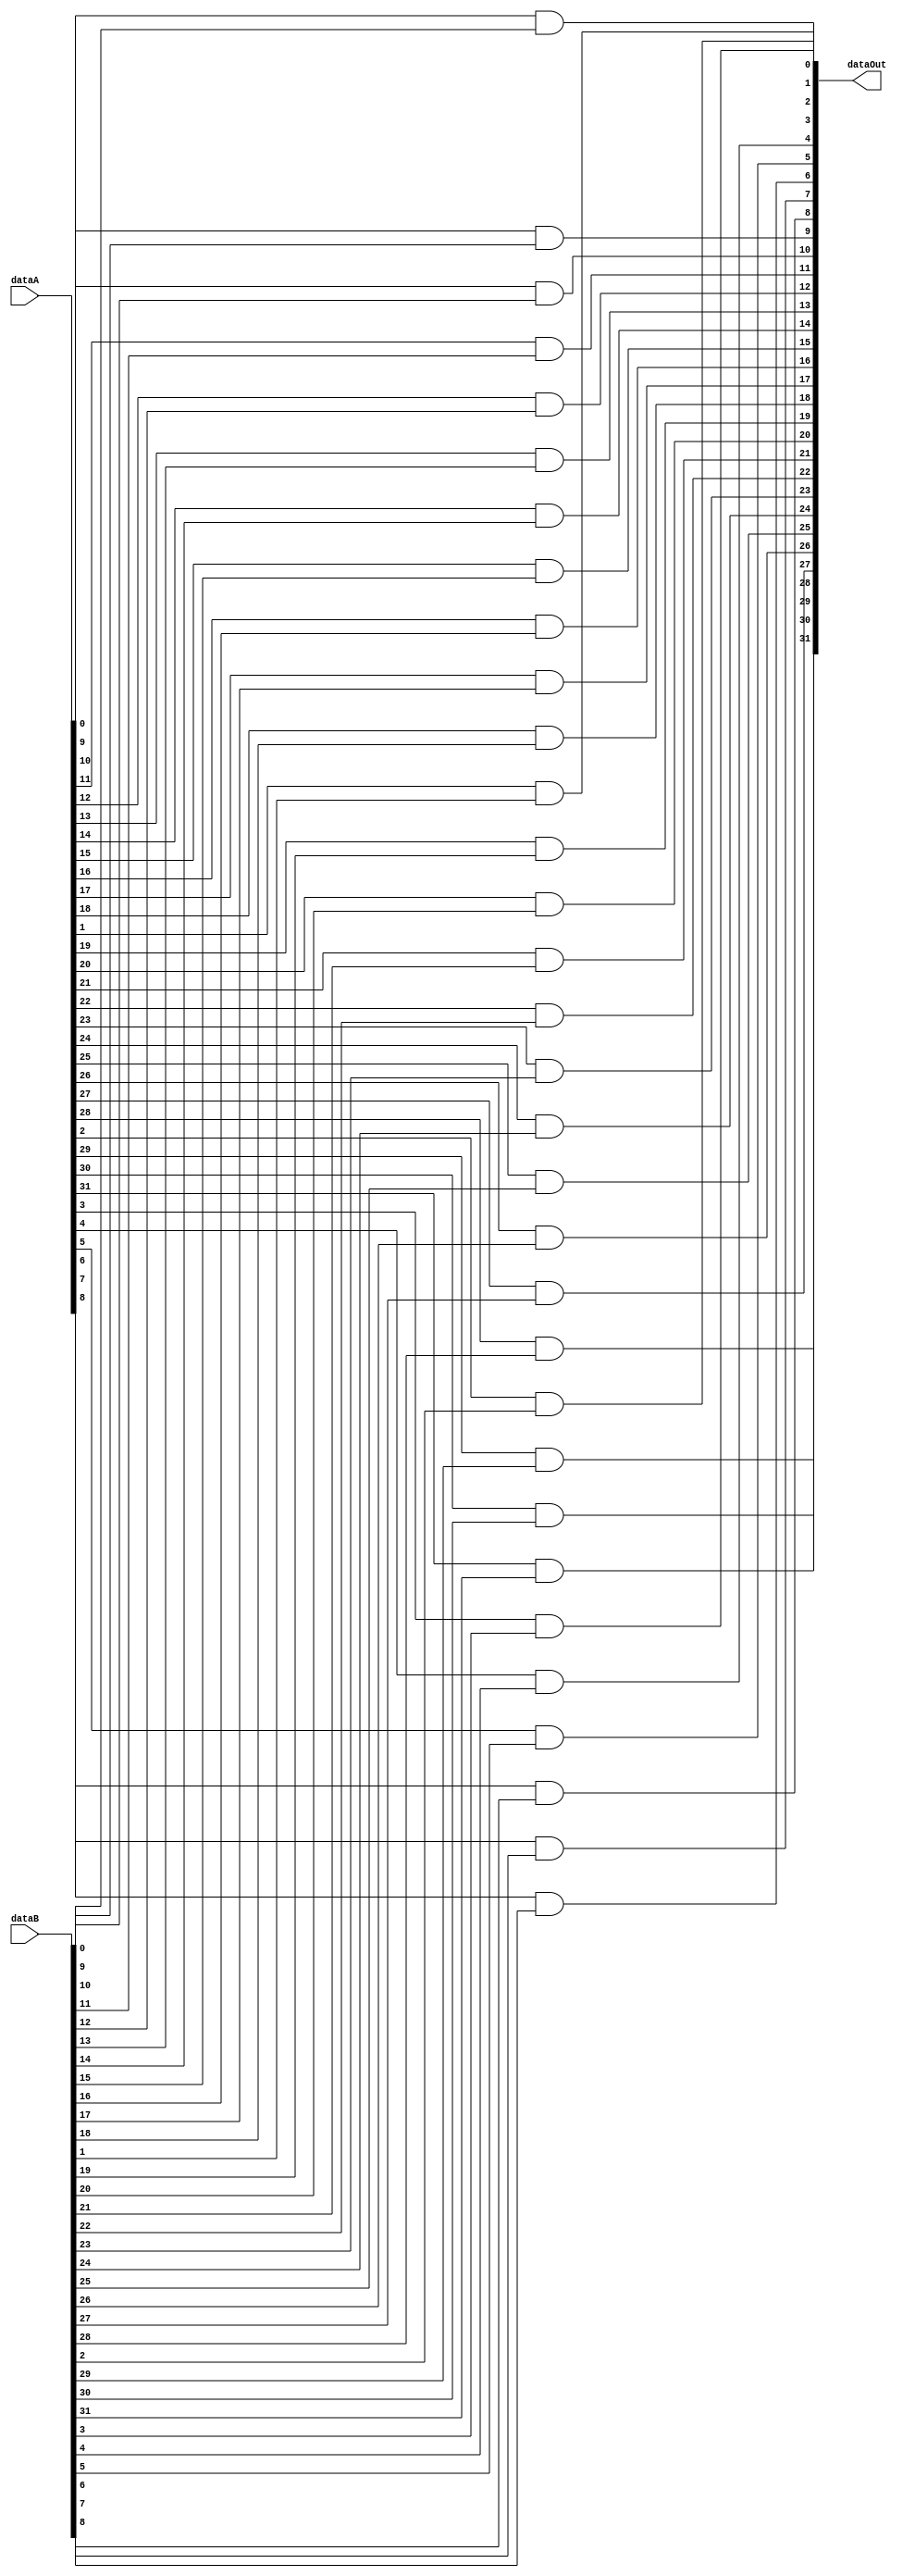
module and32(dataA, dataB, dataOut);

	input [31:0] dataA, dataB;
	output [31:0] dataOut;
	
	genvar c;
	generate
		for(c=0; c<32; c = c + 1) begin: andLoop
			and	andAB(dataOut[c], dataA[c], dataB[c]);
		end
	endgenerate

endmodule